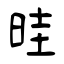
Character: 晆